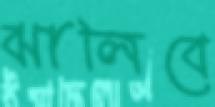
ঝালিবে